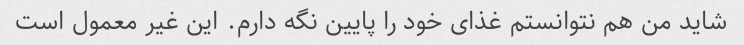
شاید من هم نتوانستم غذای خود را پایین نگه دارم. این غیر معمول است